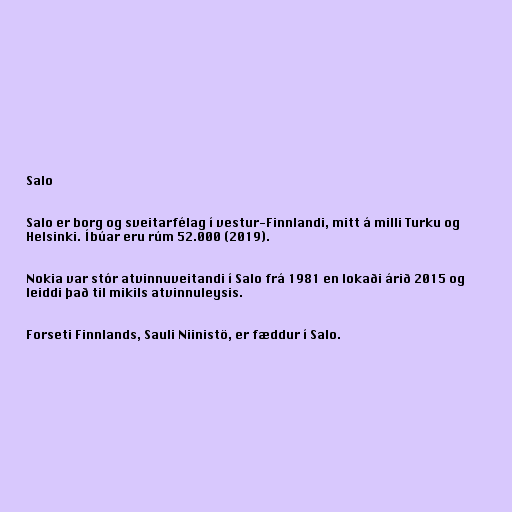
Salo

Salo er borg og sveitarfélag í vestur-Finnlandi, mitt á milli Turku og
Helsinki. Íbúar eru rúm 52.000 (2019).

Nokia var stór atvinnuveitandi í Salo frá 1981 en lokaði árið 2015 og
leiddi það til mikils atvinnuleysis.

Forseti Finnlands, Sauli Niinistö, er fæddur í Salo.